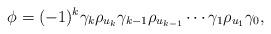
LaTeX: \begin{align*}\phi=(-1)^k\gamma_k\rho_{u_k}\gamma_{k-1}\rho_{u_{k-1}}\cdots\gamma_1\rho_{u_1}\gamma_0,\end{align*}